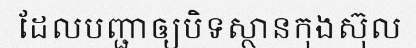
ដែលបញ្ជាឲ្យបិទស្ថានកុងស៊ុល